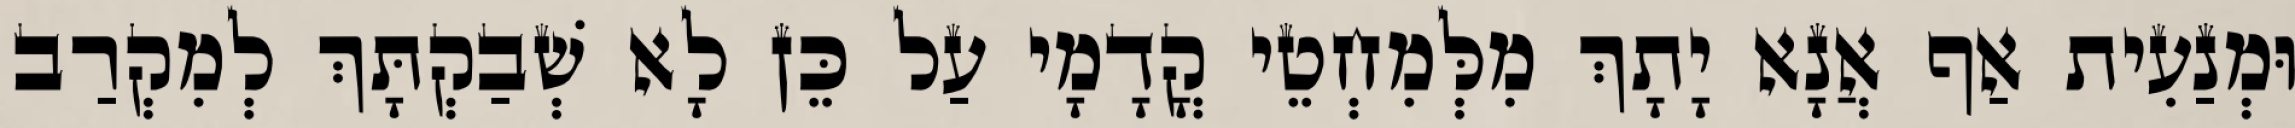
וּמְנַעִית אַף אֲנָא יָתָךְ מִלְּמִחְטֵי קֳדָמָי עַל כֵּן לָא שְׁבַקְתָּךְ לְמִקְרַב